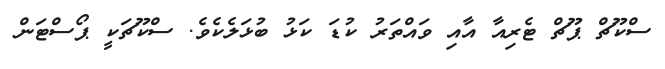
ސްކޫޗް ޕޫޗް ޓެރިއާ އާއި ވައްތަރު ކުޑަ ކަޅު ބުޅަލެކެވެ. ސްކޫޗަކީ ޕޯސްޓަން